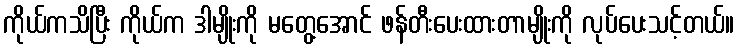
ကိုယ်ကသိပြီး ကိုယ်က ဒါမျိုးကို မတွေ့အောင် ဖန်တီးပေးထားတာမျိုးကို လုပ်ပေးသင့်တယ်။